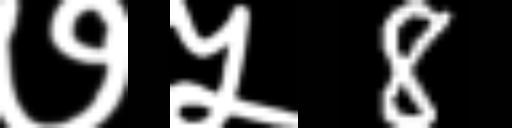
Text: ७५8